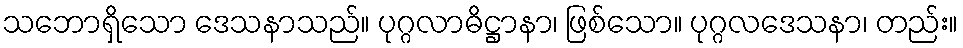
သဘောရှိသော ဒေသနာသည်။ ပုဂ္ဂလာဓိဋ္ဌာနာ၊ ဖြစ်သော။ ပုဂ္ဂလဒေသနာ၊ တည်း။